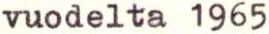
vuodelta 1965